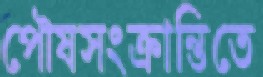
পৌষসংক্রান্তিতে